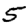
Digit: 5